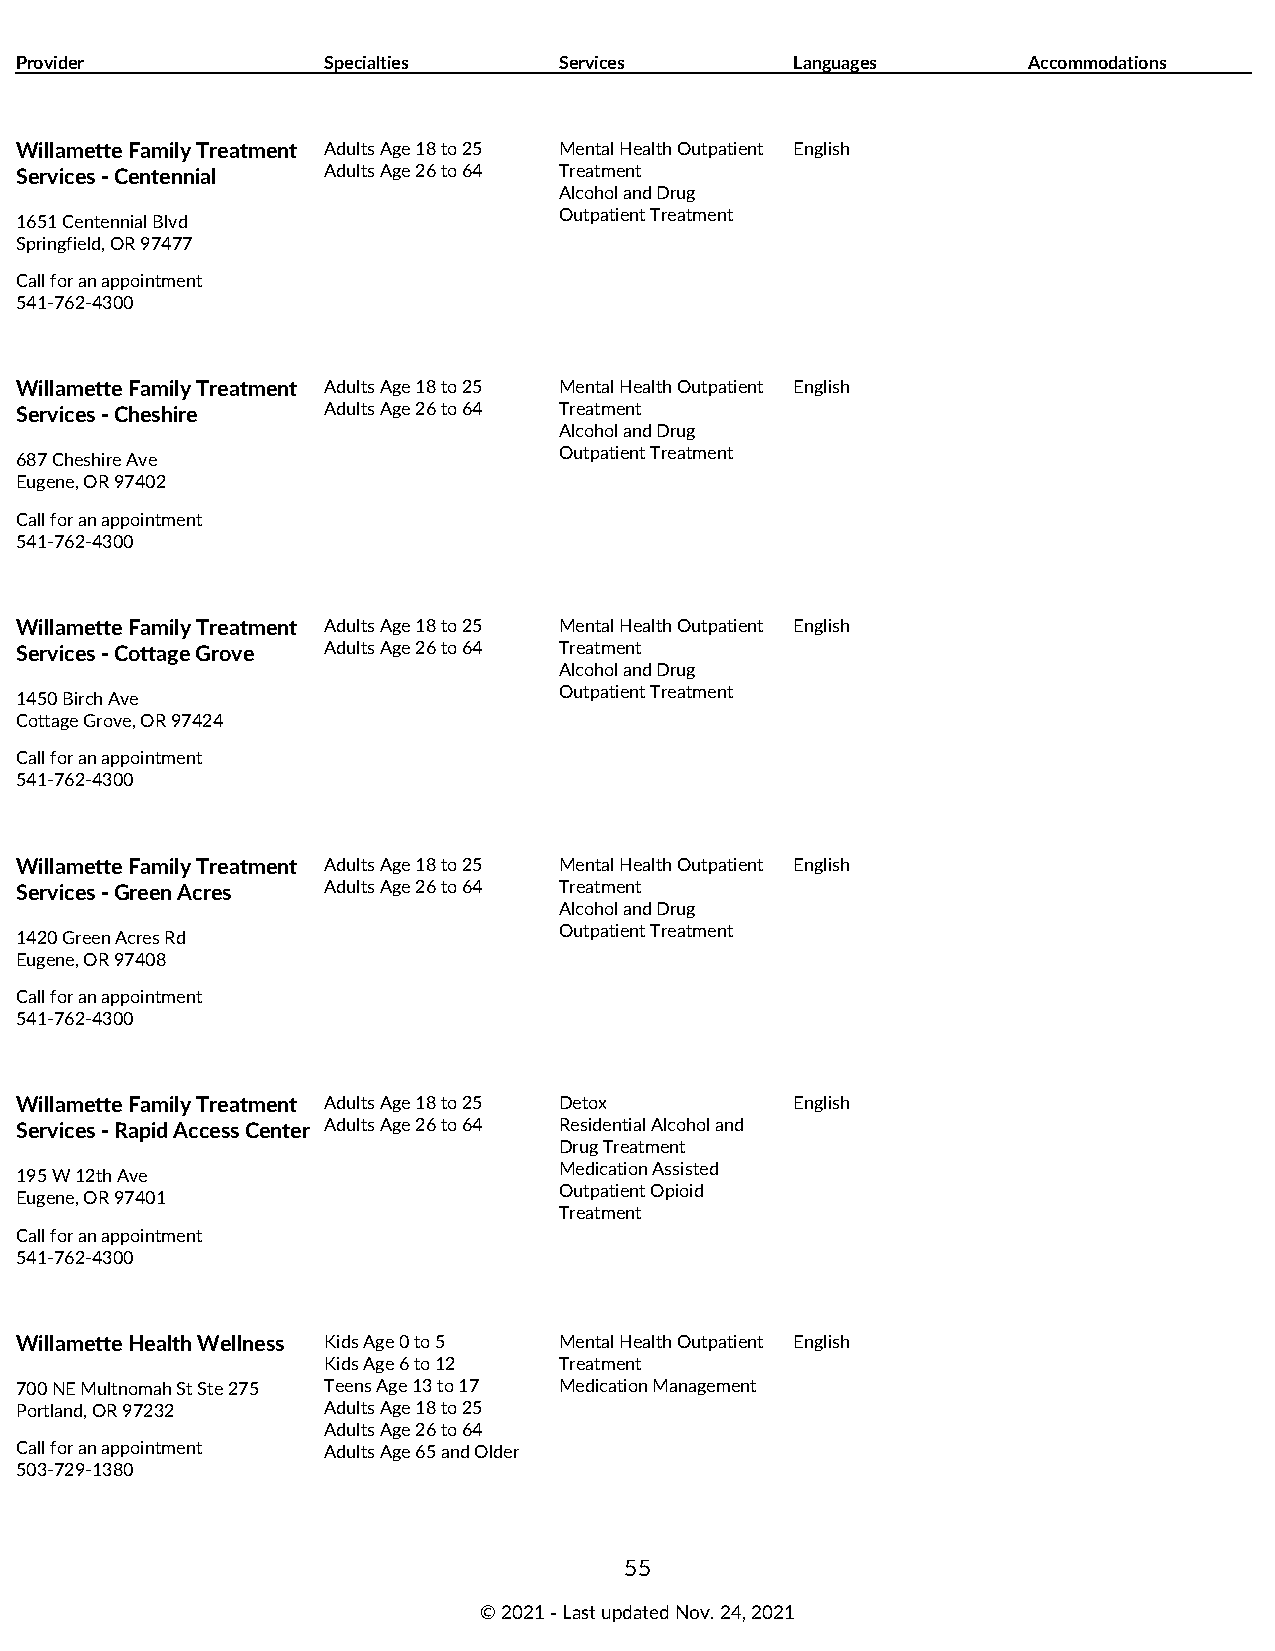
Provider            Specialties     Services        Languages      Accommodations
 Willamette Family Treatment Adults Age 18 to 25 Mental Health Outpatient English
 Services - Centennial Adults Age 26 to 64 Treatment
 Alcohol and Drug
 Outpatient Treatment
 1651 Centennial Blvd
 Springfield, OR 97477
 Call for an appointment
 541-762-4300
 Willamette Family Treatment Adults Age 18 to 25 Mental Health Outpatient English
 Services - Cheshire Adults Age 26 to 64 Treatment
 Alcohol and Drug
 Outpatient Treatment
 687 Cheshire Ave
 Eugene, OR 97402
 Call for an appointment
 541-762-4300
 Willamette Family Treatment Adults Age 18 to 25 Mental Health Outpatient English
 Services - Cottage Grove Adults Age 26 to 64 Treatment
 Alcohol and Drug
 Outpatient Treatment
 1450 Birch Ave
 Cottage Grove, OR 97424
 Call for an appointment
 541-762-4300
 Willamette Family Treatment Adults Age 18 to 25 Mental Health Outpatient English
 Services - Green Acres Adults Age 26 to 64 Treatment
 Alcohol and Drug
 Outpatient Treatment
 1420 Green Acres Rd
 Eugene, OR 97408
 Call for an appointment
 541-762-4300
 Willamette Family Treatment Adults Age 18 to 25 Detox English
 Services - Rapid Access Center Adults Age 26 to 64 Residential Alcohol and
 Drug Treatment
 Medication Assisted
 195 W 12th Ave
 Outpatient Opioid
 Eugene, OR 97401
 Treatment
 Call for an appointment
 541-762-4300
 Willamette Health Wellness Kids Age 0 to 5 Mental Health Outpatient English
 Kids Age 6 to 12 Treatment
 700 NE Multnomah St Ste 275 Teens Age 13 to 17 Medication Management
 Portland, OR 97232  Adults Age 18 to 25
 Adults Age 26 to 64
 Call for an appointment Adults Age 65 and Older
 503-729-1380
 55
 © 2021 ‑ Last updated Nov. 24, 2021